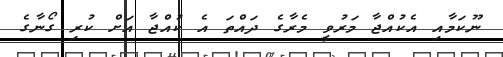
ނޫކަމާއި އެކުއްޖާ މަރުވީ މެރާގެ ދައްތަ އެ ކުއްޖާ އަށް ކުރި ގޯނާގެ